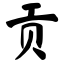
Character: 贡